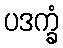
ပဒက္ခံ